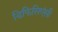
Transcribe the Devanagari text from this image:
डिफिसिएंसी